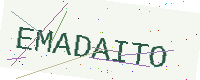
Text: EMADAITO